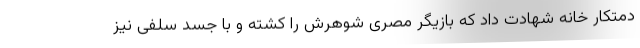
دمتکار خانه شهادت داد که بازیگر مصری شوهرش را کشته و با جسد سلفی نیز